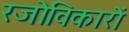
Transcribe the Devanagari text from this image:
रजोविकारों